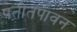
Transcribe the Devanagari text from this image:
पतीतपावन